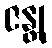
ဇန္တု